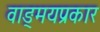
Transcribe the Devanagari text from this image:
वाङ्‌मयप्रकार